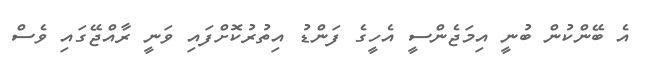
އެ ބޭންކުން ބުނީ އިމަޖެންސީ އެހީގެ ފަންޑު އިތުރުކޮށްފައި ވަނީ ރާއްޖޭގައި ވެސް